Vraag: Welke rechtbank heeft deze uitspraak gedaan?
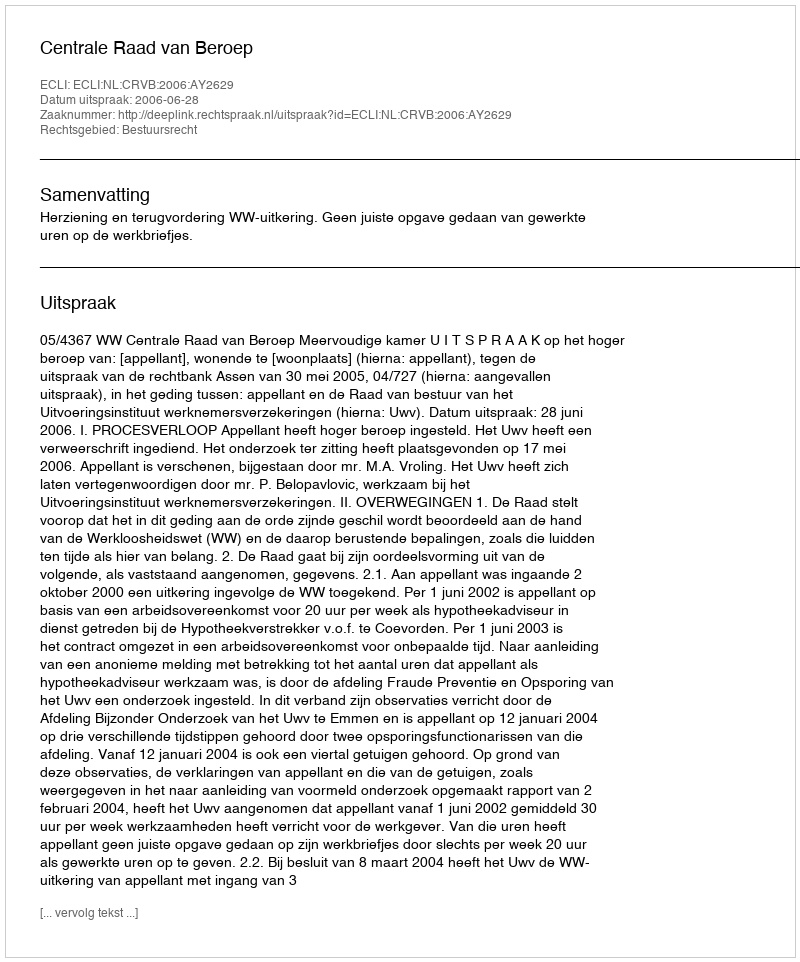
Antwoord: Centrale Raad van Beroep